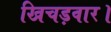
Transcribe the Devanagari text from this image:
खिचड़वार।